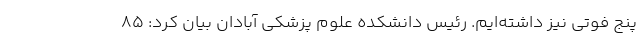
پنج فوتی نیز داشته‌ایم. رئیس دانشکده علوم پزشکی آبادان بیان کرد: ۸۵